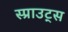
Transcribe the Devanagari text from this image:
स्प्राउट्स